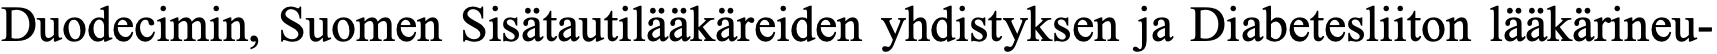
Duodecimin, Suomen Sisätautilääkäreiden yhdistyksen ja Diabetesliiton lääkärineu-